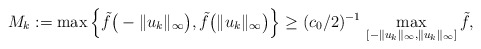
\begin{align*}M_k:=\max\Big\{\tilde{f}\big(-\|u_k\|_{\infty}\big),\tilde{f}\big(\|u_k\|_{\infty}\big)\Big\}\ge (c_0/2)^{-1}\,\max_{[-\|u_k\|_{\infty},\|u_k\|_{\infty}]}\tilde{f},\end{align*}